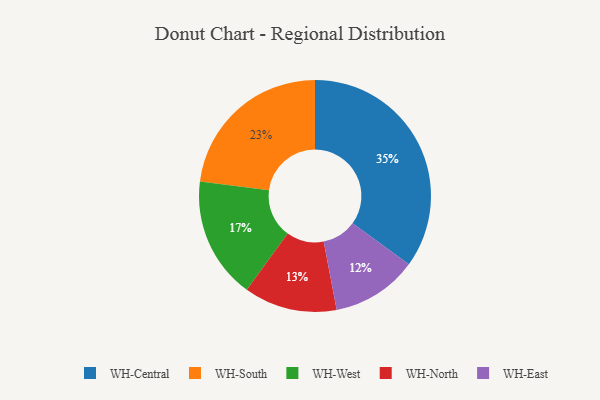
{"axis": {"x": "Category", "y": "Percentage"}, "legend": ["WH-Central", "WH-East", "WH-North", "WH-South", "WH-West"], "data": [{"x": "WH-North", "y": 13, "type": "WH-North"}, {"x": "WH-Central", "y": 35, "type": "WH-Central"}, {"x": "WH-West", "y": 17, "type": "WH-West"}, {"x": "WH-East", "y": 12, "type": "WH-East"}, {"x": "WH-South", "y": 23, "type": "WH-South"}]}